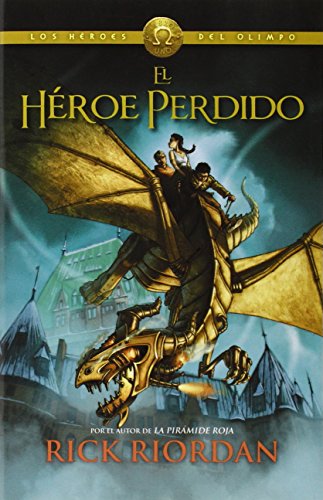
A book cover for El hÃ©roe perdido: HÃ©roes del Olimpo 1 (Spanish Edition); Rick Riordan; Science Fiction & Fantasy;